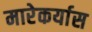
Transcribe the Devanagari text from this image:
मारेकर्यास